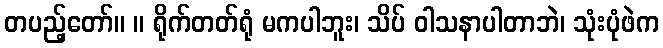
တပည့်တော်။ ။ ရိုက်တတ်ရုံ မကပါဘူး၊ သိပ် ဝါသနာပါတာဘဲ၊ သုံးပုံဖဲက